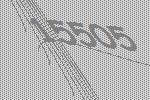
15505